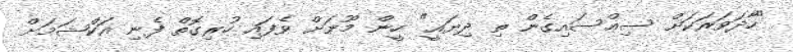
"ހާދަވަރަކަށް ސިއްސައިގެން ތި ދިޔައީ" ހީން މޫނަށް ވެފައި ހުރިގޮތް ފެނި އަކްޝަމަށް